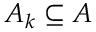
A _ { k } \subseteq A